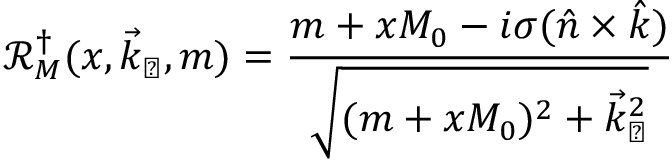
{ \mathcal R } _ { M } ^ { \dagger } ( x , \vec { k } _ { \perp } , m ) = \frac { m + x M _ { 0 } - i \sigma ( \hat { n } \times \hat { k } ) } { \sqrt { ( m + x M _ { 0 } ) ^ { 2 } + \vec { k } _ { \perp } ^ { 2 } } }